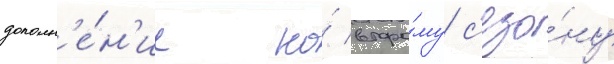
дополн'е́н'ие ко́ второ́му с'езо́ну